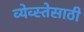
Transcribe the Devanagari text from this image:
व्येव्स्तेसाठी